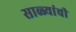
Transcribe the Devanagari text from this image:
साळ्यांची